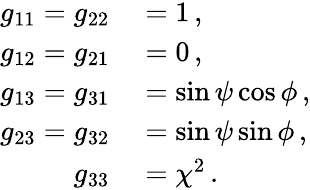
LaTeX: \begin{array}{rl}{g_{11}=g_{22}}&{{}=1\, ,}\\ {g_{12}=g_{21}}&{{}=0\, ,}\\ {g_{13}=g_{31}}&{{}=\sin\psi\cos\phi\, ,}\\ {g_{23}=g_{32}}&{{}=\sin\psi\sin\phi\, ,}\\ {g_{33}}&{{}=\chi^{2}\, .}\end{array}